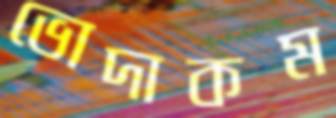
ভোদাকম